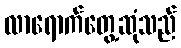
လာရောက်တွေ့ဆုံသည်